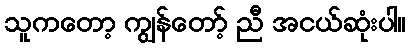
သူကတော့ ကျွန်တော့် ညီ အငယ်ဆုံးပါ။